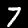
Digit: 7